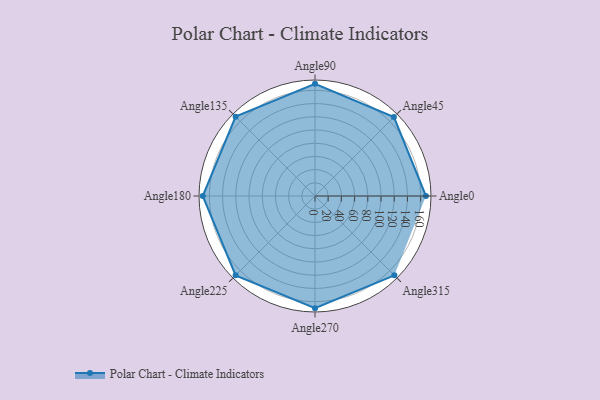
{"axis": {"x": "Angle", "y": "Radius"}, "legend": [""], "data": [{"x": "Angle0", "y": 168.0, "type": ""}, {"x": "Angle45", "y": 169.0, "type": ""}, {"x": "Angle90", "y": 170, "type": ""}, {"x": "Angle135", "y": 170, "type": ""}, {"x": "Angle180", "y": 170, "type": ""}, {"x": "Angle225", "y": 170, "type": ""}, {"x": "Angle270", "y": 170, "type": ""}, {"x": "Angle315", "y": 170, "type": ""}]}